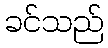
ခင်သည်